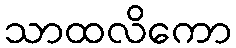
သာထလိကော